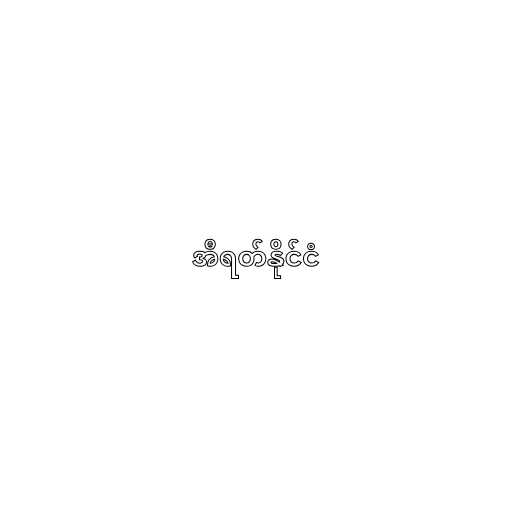
အီရတ်နိုင်ငံ